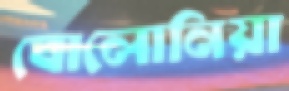
বোলোনিয়া